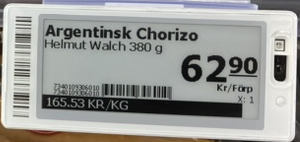
Vara: Argentinst Chorizo
Genomsnittspris: 165.53 per kg